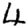
Digit: 4